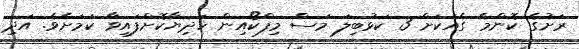
ރަށުގެ ކޮންމެ ގެއަކަށް 3 ކަޅުބިލަ މަސް މިފްކޯއިން ހަދިޔާކޮށްފައިވާ ކަމަށެވެ. އަދި